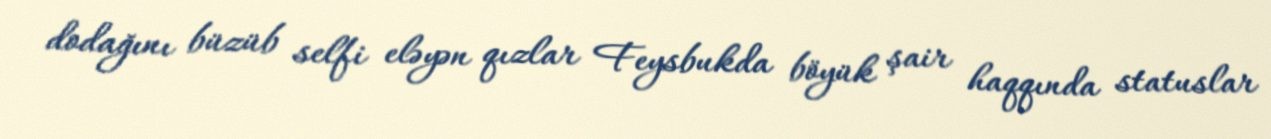
dodağını büzüb selfi eləyən qızlar Feysbukda böyük şair haqqında statuslar